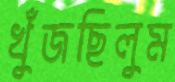
খুঁজছিলুম